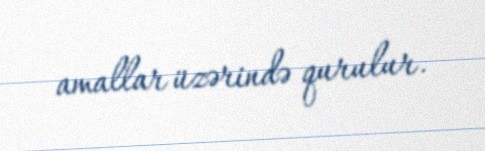
amallar üzərində qurulur.